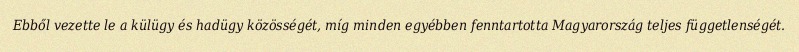
Ebből vezette le a külügy és hadügy közösségét, míg minden egyébben fenntartotta Magyarország teljes függetlenségét.